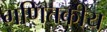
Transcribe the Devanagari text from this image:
गणितकीय